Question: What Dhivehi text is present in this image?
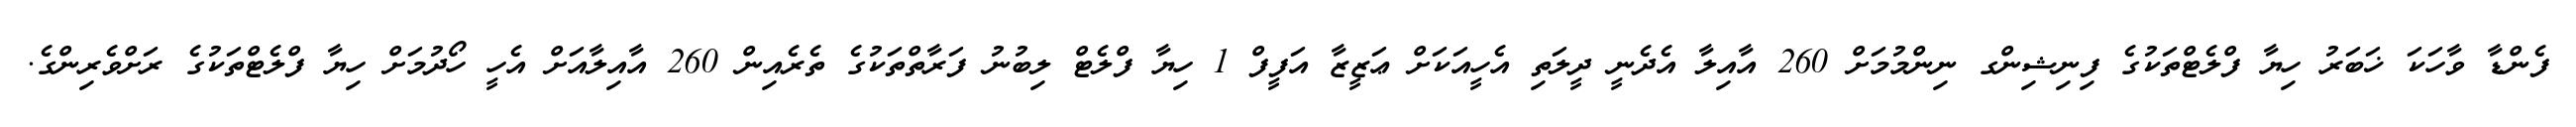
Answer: ފެންޑާ ވާހަކަ ޚަބަރު ހިޔާ ފްލެޓްތަކުގެ ފިނިޝިންގ ނިންމުމަށް 260 އާއިލާ އެދެނީ ދީލަތި އެހީއަކަށް ޢަޒީޒާ އަފީފް 1 ހިޔާ ފްލެޓް ލިބުނު ފަރާތްތަކުގެ ތެރެއިން 260 އާއިލާއަށް އެހީ ހޯދުމަށް ހިޔާ ފްލެޓްތަކުގެ ރަށްވެރިންގެ.